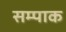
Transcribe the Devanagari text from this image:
सम्पाक